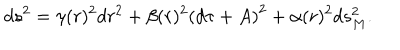
d s ^ { 2 } = \gamma ( r ) ^ { 2 } d r ^ { 2 } + \beta ( r ) ^ { 2 } \left( d \tau + A \right) ^ { 2 } + \alpha ( r ) ^ { 2 } { d s _ { M } ^ { 2 } } .